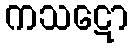
ကသဋော